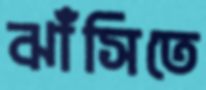
ঝাঁসিতে